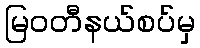
မြဝတီနယ်စပ်မှ